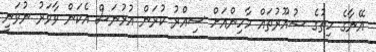
އޭނާގެ ހިތުގެ ޝުއޫރުތައް މާހިންއަށް ސިއްރު ކުރަން އުޅުނަސް އެކަން ވާވަރު ނުވަނީ